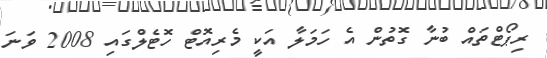
ރިޕޯޯޓްތައް ބުނާ ގޮތުން އެ ހަމަލާ އަކީ މެރިއޮޓް ހޮޓެލްގައި 2008 ވަނަ